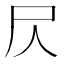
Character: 𡰦